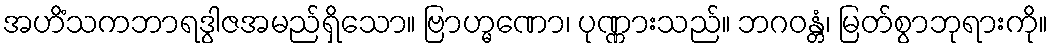
အဟိံသကဘာရဒွါဇအမည်ရှိသော။ ဗြာဟ္မဏော၊ ပုဏ္ဏားသည်။ ဘဂဝန္တံ၊ မြတ်စွာဘုရားကို။